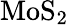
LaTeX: {\mathrm{MoS}}_{2}